Civil Veterinary Dept. Bombay admin report 1900-1906 - 1900-1906
Year: 1900
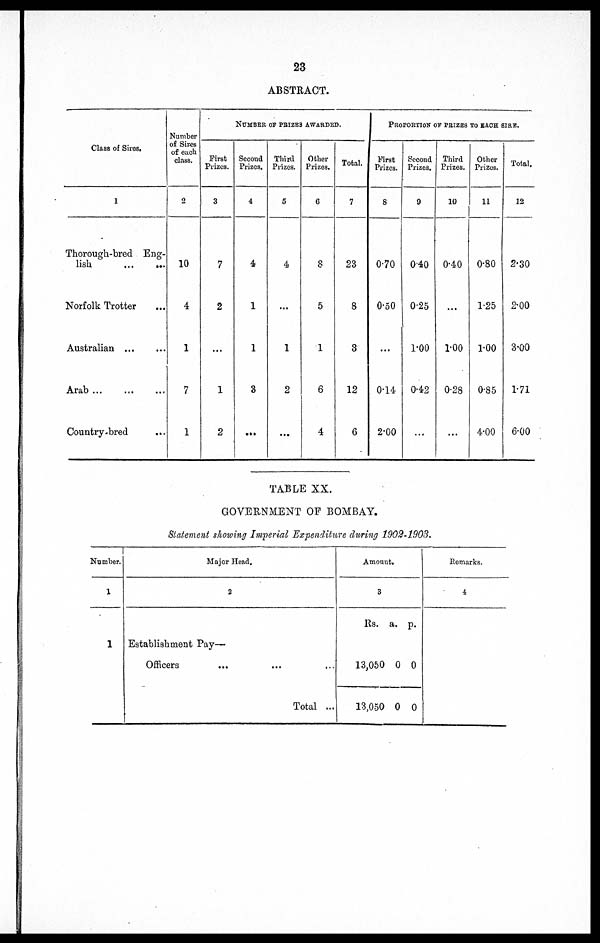
23
ABSTRACT.
Class of Sires.
1
Thorough-bred Eng-
lish … …
Norfolk Trotter …
Australian ... …
Arab … … …
Country-bred …
Number
of Sires
of each
class.
2
10
4
1
7
1
NUMBER OF PEIZES AWARDED.
First
Prizes.
3
7
2
...
1
2
Second
Prizes,
4
4
1
1
3
...
Third
Prizes.
5
4
...
1
2
...
Other
Prizes.
6
8
5
1
6
4
Total.
7
23
8
3
12
6
PROPORTION OF PRIZES TO EACH SIRE.
First
Prizes.
8
0.70
0.50
...
0.14
2.00
Second
Prizes.
9
040
0.25
1.00
0.42
...
Third
Prizes.
10
0.40
...
1.00
0.28
...
Other
Prizes.
11
0.80
1.25
1.00
0.85
4.00
Total.
12
2.30
2.00
3.00
1.71
6.00
TABLE XX.
GOVERNMENT OF BOMBAY.
Statement showing Imperial Expenditure during 1902-1903.
Number.
1
1
Major Head.
2
Establishment Pay-
Officers …
... …
Total ...
Amount.
3
Rs. a. p.
13,050 0 0
13,050 0 0
Remarks.
4